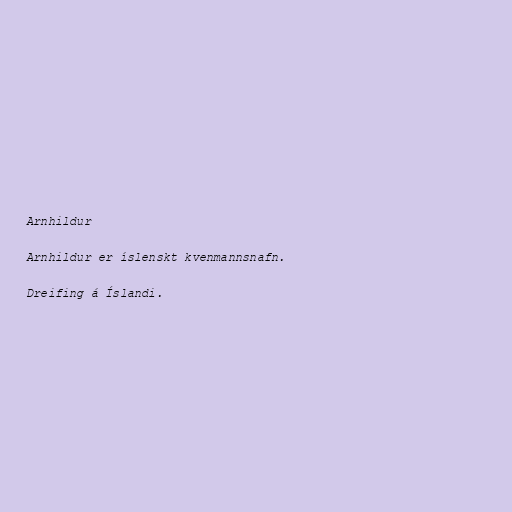
Arnhildur

Arnhildur er íslenskt kvenmannsnafn.

Dreifing á Íslandi.